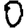
Digit: 0